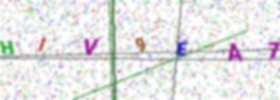
Text: HIV9EA7